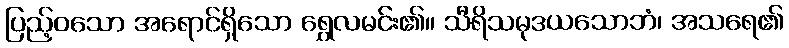
ပြည့်ဝသော အရောင်ရှိသော ရွှေလမင်း၏။ သီရိသမုဒယသောဘံ၊ အသရေ၏